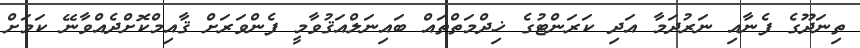
ތިނަދޫގެ ފެނާއި ނަރުދަމާ އަދި ކަރަންޓުގެ ޚިދްމަތްތައް ބައިނަލްއަޤުވާމީ ފެންވަރަށް ޤާއިމްކޮށްދެއްވާނޭ ކަމަށް